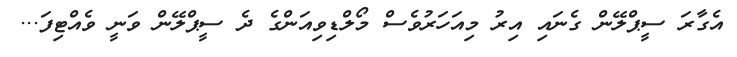
އެގާރަ ސީޕްލޭން ގެނައި އިރު މިއަހަރުވެސް މޯލްޑިވިއަންގެ ދެ ސީޕްލޭން ވަނީ ވެއްޓިފަ...